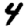
Digit: 4